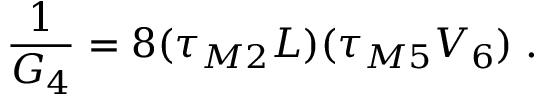
\frac { 1 } { G _ { 4 } } = 8 ( \tau _ { M 2 } L ) ( \tau _ { M 5 } V _ { 6 } ) \; .